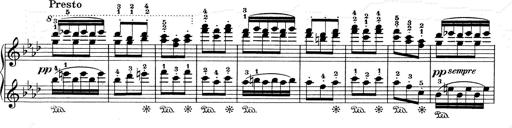
Title: Mephisto Waltz No.1
Composer: Franz Liszt